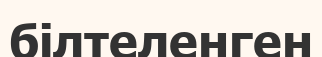
білтеленген